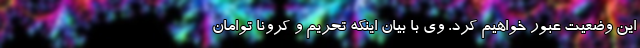
این وضعیت عبور خواهیم کرد. وی با بیان اینکه تحریم و کرونا توامان